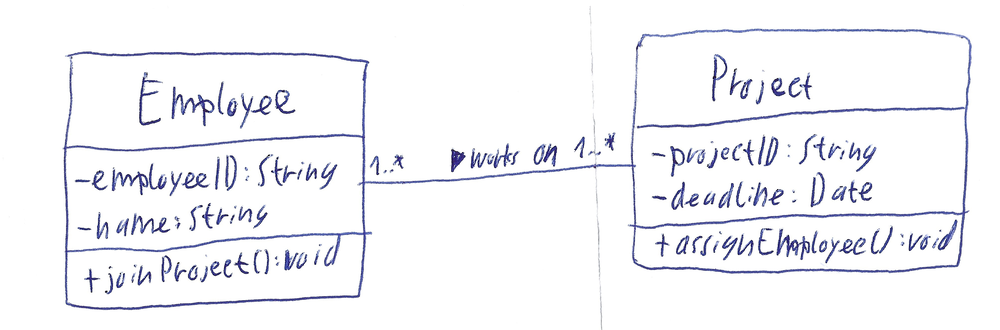
Diagram type: class_diagram
```plantuml
@startuml

class Employee {
  - employeeID: String
  - name: String
  + joinProject(): void
}

class Project {
  - projectID: String
  - deadline: Date
  + assignEmployee(): void
}

Employee "1..*" -- "1..*" Project : works on >

@enduml
```